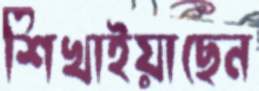
শিখাইয়াছেন